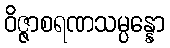
ဝိဇ္ဇာစရဏသမ္ပန္နော